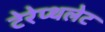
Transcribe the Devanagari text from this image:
टेरेप्थलेट